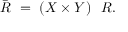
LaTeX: { \bar { R } } \ = \ ( X \times Y ) \setminus R .